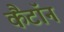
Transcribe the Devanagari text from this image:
कैंटॉन